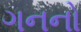
ગનનો